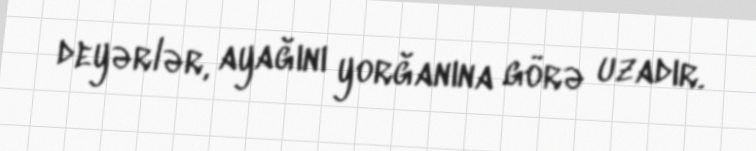
deyərlər, ayağını yorğanına görə uzadır.